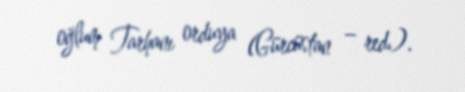
oğlum Tarhanı orduya (Gürcüstan – red.).